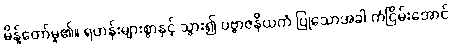
မိန့်တော်မူ၏။ ရဟန်းများစွာနှင့် သွား၍ ပဗ္ဗာဇနိယကံ ပြုသောအခါ ကံငြိမ်းအောင်